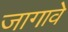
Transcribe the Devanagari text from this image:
जागावे